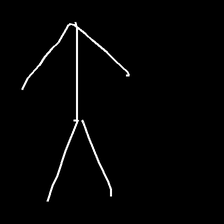
Glyph: gather